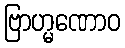
ဗြာဟ္မဏောဝ